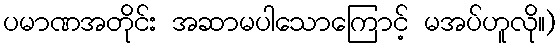
ပမာဏအတိုင်း အဆာမပါသောကြောင့် မအပ်ဟူလို။)